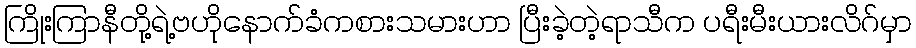
ကြိုးကြာနီတို့ရဲ့ဗဟိုနောက်ခံကစားသမားဟာ ပြီးခဲ့တဲ့ရာသီက ပရီးမီးယားလိဂ်မှာ